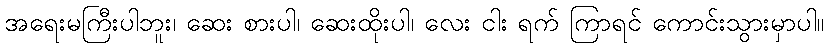
အရေးမကြီးပါဘူး၊ ဆေး စားပါ၊ ဆေးထိုးပါ၊ လေး ငါး ရက် ကြာရင် ကောင်းသွားမှာပါ။